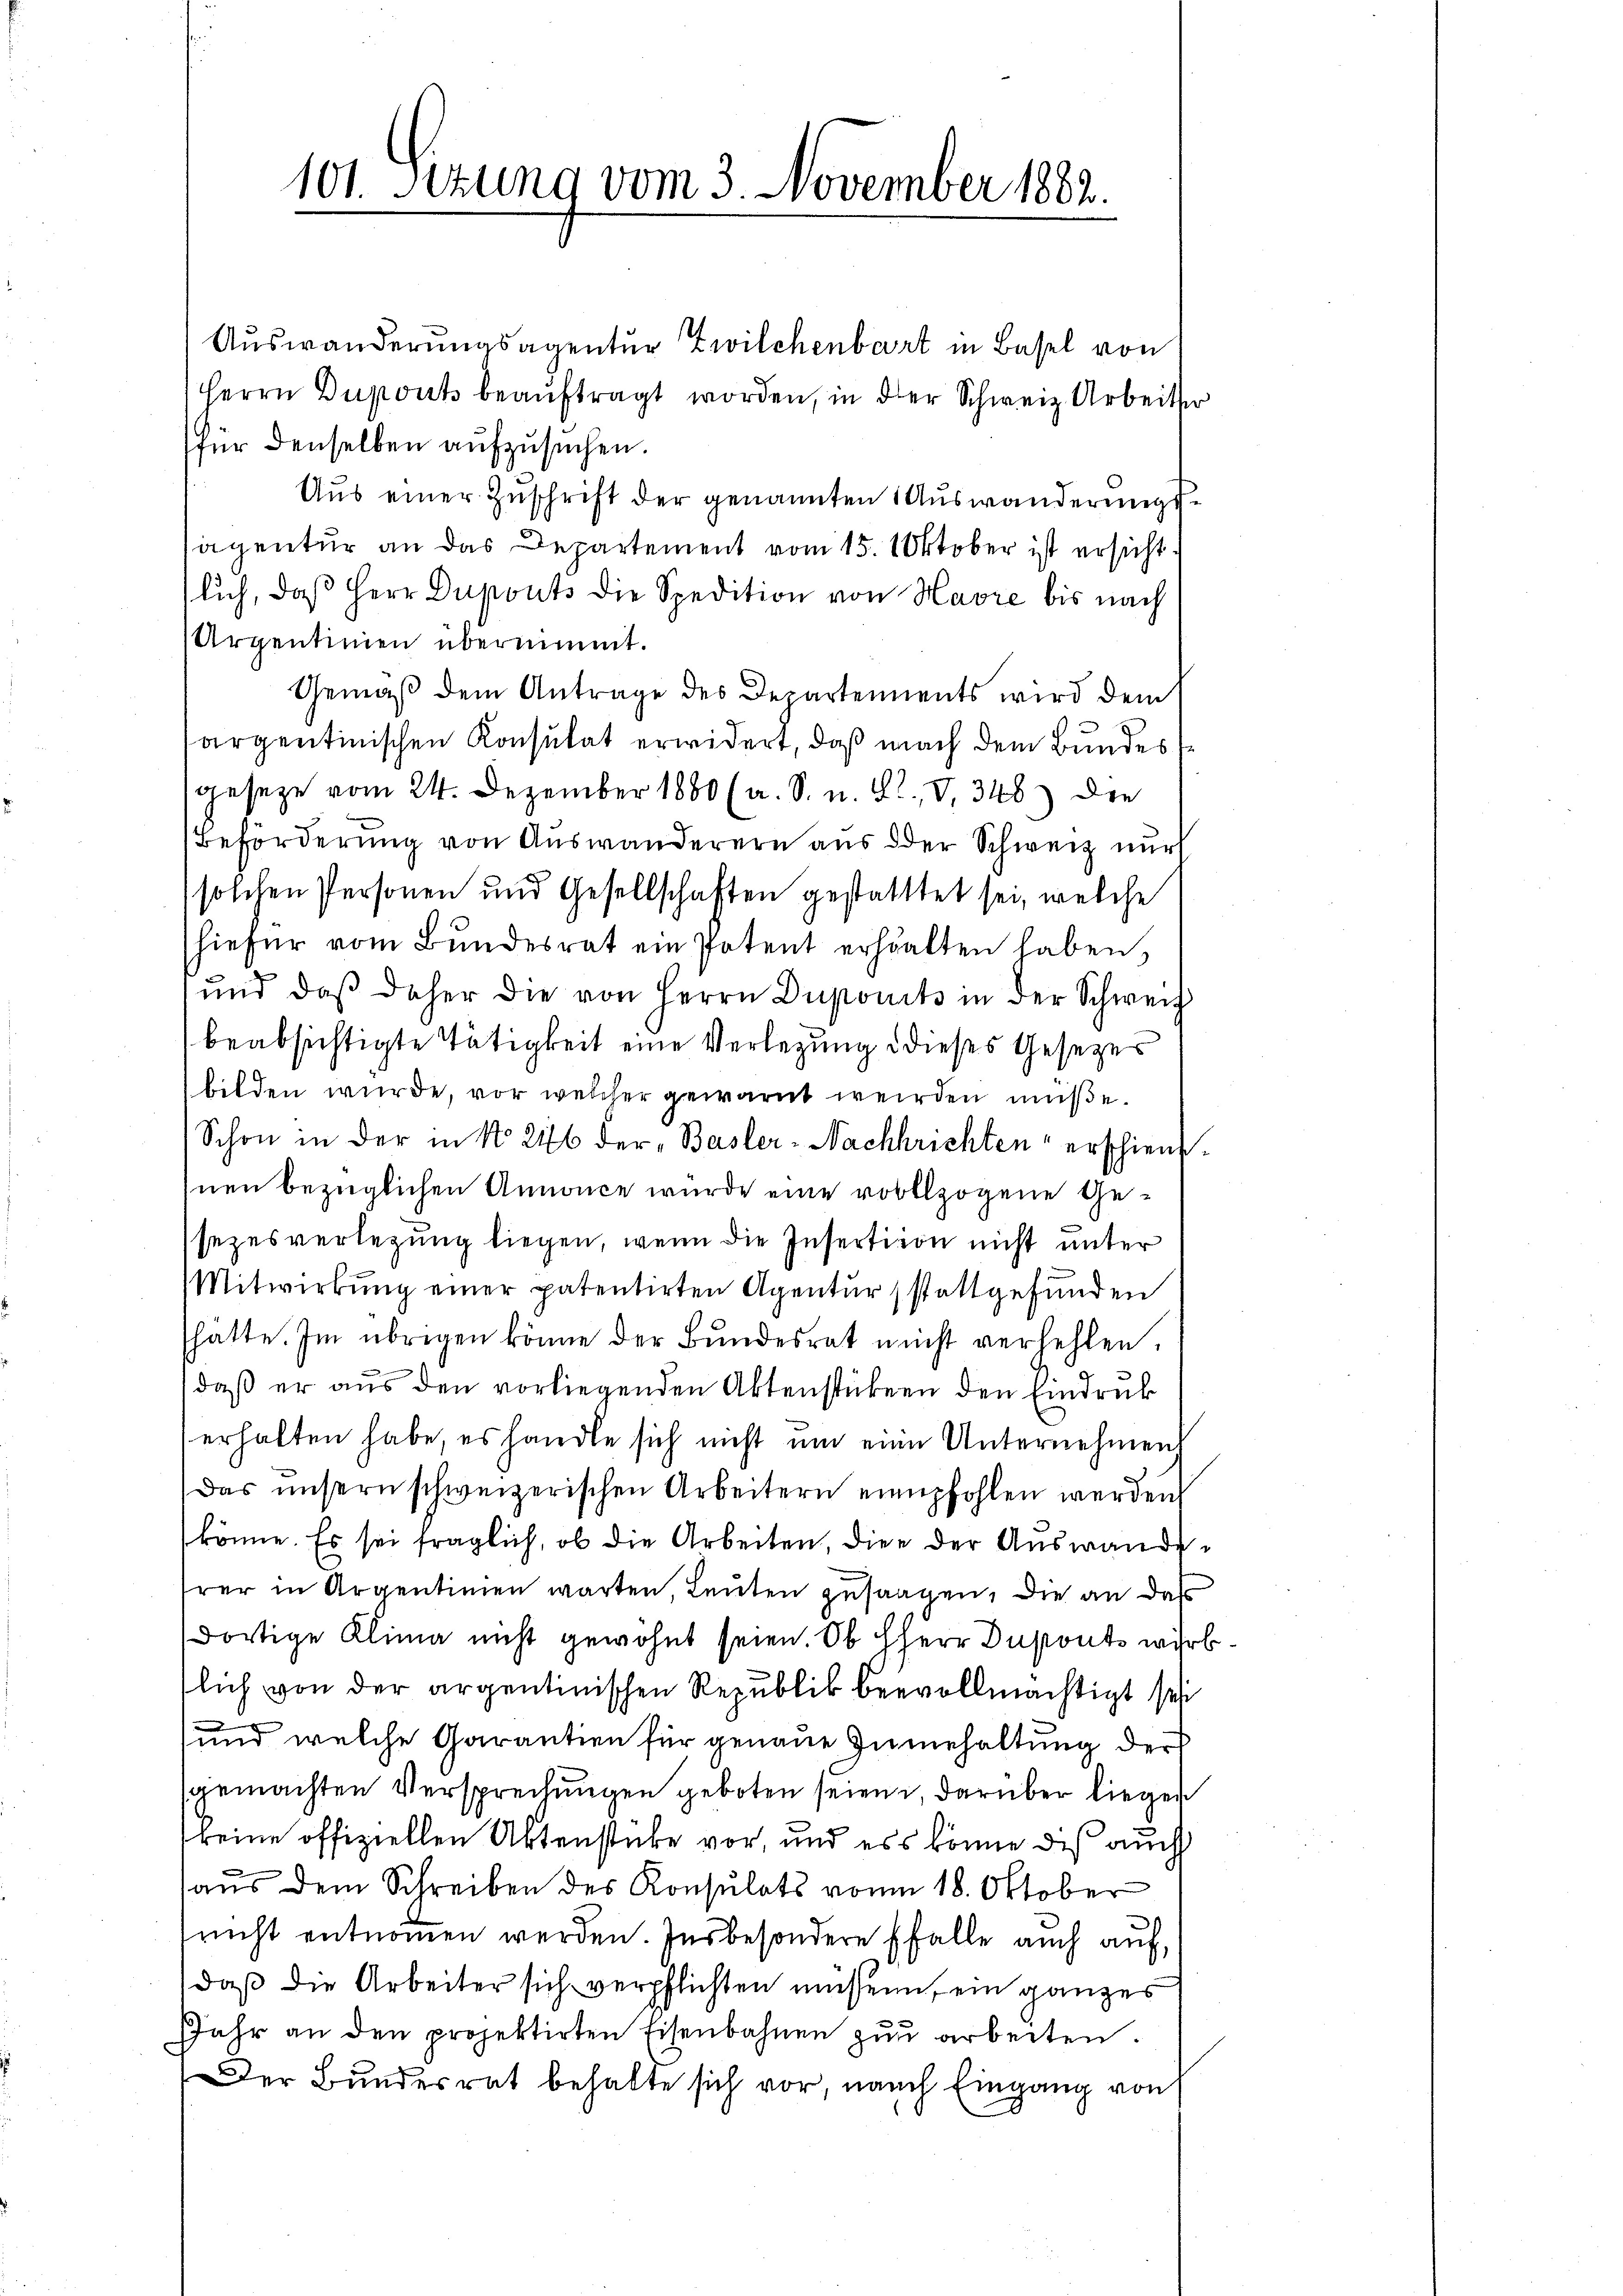
101. Sizung vom 3. November 1882.

Auswanderungsagentur Zwilchenbart in Basel von
Herrn Duports beauftragt worden, in der Schweiz. Arbeiter
für denselben aufzusuchen.
Aus einer Zuschrift der genannten Auswanderungssagentur an das Departement vom 15. Oktober ist ersichtlich, daß Herr Duponts die Spedition von Havre bis nach
Arpentinien übernimmt.
Gemäß dem Antrage des Departements wird dem
argentinischen Konsulat erwidert, daß nach dem Bundes,
geseze vom 24. Dezember 1880 (a. S. u. L., V. 348) Die
Beförderung von Auswanderern aus der Schweiz nur
solchen Personen und Gesellschaften gestatttet sei, welche
hiefür vom Bundesrat ein Patent erhalten haben,
und daβ daher die von Herrn Dupouits in der Schweiz
beabsichtigte Tätigkeit eine Verlegung dieses Gesezes
bilden würde, vor welcher gewarnt werden müße.
Schon in der in No 246 der „Basler-Nachhrichten erschien.
nen bezüglichen Annonce würde eine vollzogene Gesezesverlegung liegen, wenn die Insertition nicht unter
Mitwirkung einer patentirten Agentur stattgefunden
hatte. Im übrigen könne der Bundesrat nicht verhehlen,
daβ er aŭs den vorliegenden Aktenstücken den Eindruck
erhalten habe, es handle sich nicht um eine Unternehmen.
Das unsern schweizerischen Arbeitern empfohlen werden
könne. Es sei fraglich, ob die Arbeiten, die der Auswanderer in Argentinien warten, Leuten zusagen, die an das
dortige Klima nicht gewohnt seien. Ob HHerr Duponts wirkslich von der argentinischen Republik beevollmächtigt sei
und welche Garantien für genaue Innehaltung der
sgemachten Versprechungen geboten seien darüber liegen
keine offiziellen Aktenstücke vor, und ess könne das auch
aus dem Schreiben des Konsulats vom 18. Oktober
nicht entnommen werden. Insbesondere Pfalle auch auf,
daß die Arbeiter sich verpflichten müssen, ein ganzes
Jahr an den projektirten Eisenbahnen zu arbeiten.
Der Bundesrat behalte sich vor, nach Eingang von